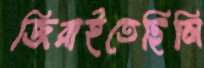
জিরাইতেছিলি